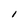
Character: I